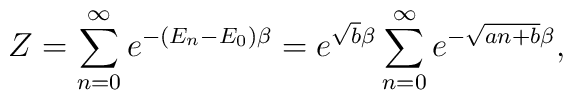
Z=\sum_{n=0}^{\infty}e^{-(E_n-E_0)\beta}=e^{\sqrt{b}\beta}\sum_{n=0}^{\infty}e^{-\sqrt{an+b}\beta},